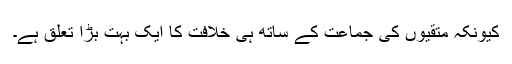
کیونکہ متقیوں کی جماعت کے ساتھ ہی خلافت کا ایک بہت بڑا تعلق ہے۔